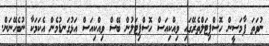
ނުވަތަ ފާމަސީން ހޮސްޕިޓަލްތެރޭގައި ވިއްކިއަސް ހޮސްޕިޓަލުން ބޭސް ވިއްކިއަސް އަޅުގަނޑުމެން އެކަމަކާ ނުބެހޭނަން.